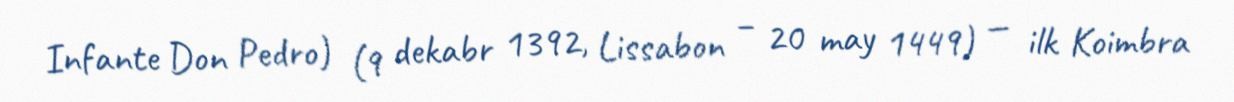
Infante Don Pedro) (9 dekabr 1392, Lissabon – 20 may 1449) — ilk Koimbra